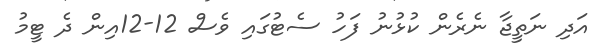
އަދި ނަތީޖާ ނެރެން ކުޅުނު ފަހު ސެޓުގައި ވެސް 12-12އިން ދެ ޓީމު